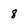
Character: 8